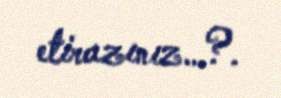
etirazınız…?.